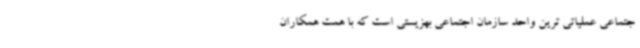
جتماعی عملیاتی ترین واحد سازمان اجتماعی بهزیستی است که با همت همکاران